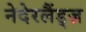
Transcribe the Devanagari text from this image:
नेदेरलैंड्ज़